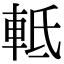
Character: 軧